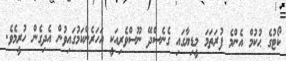
ކޯޓުގެ ޙުކުމް އެންމެ ފުރަތަމަ މީޑިޔާގައި ގެނެސްދޭ ނޫސްވެރިއަކީ އަހަރެންކަމުގައިވުން އެދިގެން ހުރީމެވެ.